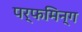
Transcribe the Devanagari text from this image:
पर्फमिन्ग